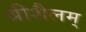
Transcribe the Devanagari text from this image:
श्रीशैलम्